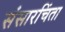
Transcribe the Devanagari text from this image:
संसारचिंता